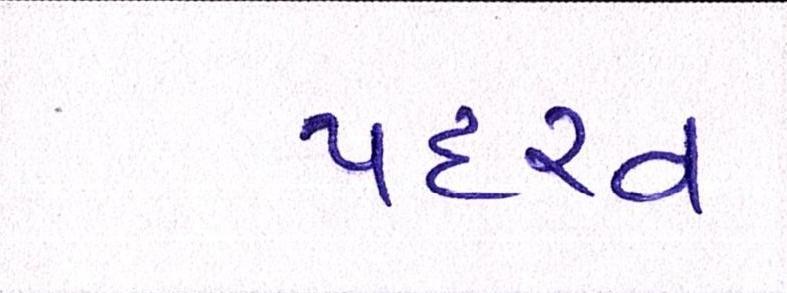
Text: પદરવ